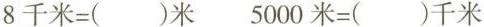
$$8千米=( )米$$ $$5000米=( )千米$$